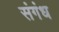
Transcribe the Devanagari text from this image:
संगंध